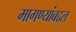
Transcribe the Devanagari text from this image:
मागण्यांबद्दल